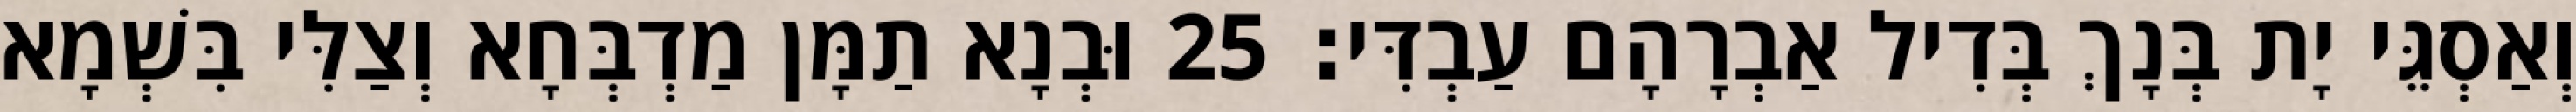
וְאַסְגֵּי יָת בְּנָךְ בְּדִיל אַבְרָהָם עַבְדִּי׃ 25 וּבְנָא תַמָּן מַדְבְּחָא וְצַלִּי בִּשְׁמָא